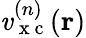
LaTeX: \mathit{v}_{\mathrm{{~x~c~}}}^{(n)}(\boldsymbol{\textbf{{r}}})